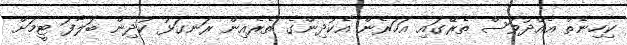
ކިހިނެތް އެއްދުވަސް ތެރޭގައި އަހަރެން އެކުދިންގެ ތެރެއިން ރަނގަޅު ކުދިން ބަލާފަ ޓީމަށް